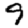
Digit: 9